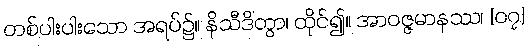
တစ်ပါးပါးသော အရပ်၌။ နိသီဒိတွာ၊ ထိုင်၍။ အာဝဇ္ဇမာနဿ၊ [၀၇]